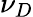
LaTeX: \nu_{D}